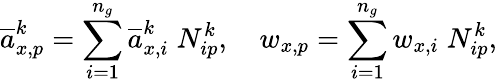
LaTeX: \overline{{a}}_{x,p}^{k}=\sum_{i=1}^{n_{g}}\overline{{a}}_{x,i}^{k}\; N_{ip}^{k},\quad w_{x,p}=\sum_{i=1}^{n_{g}}w_{x,i}\; N_{ip}^{k},